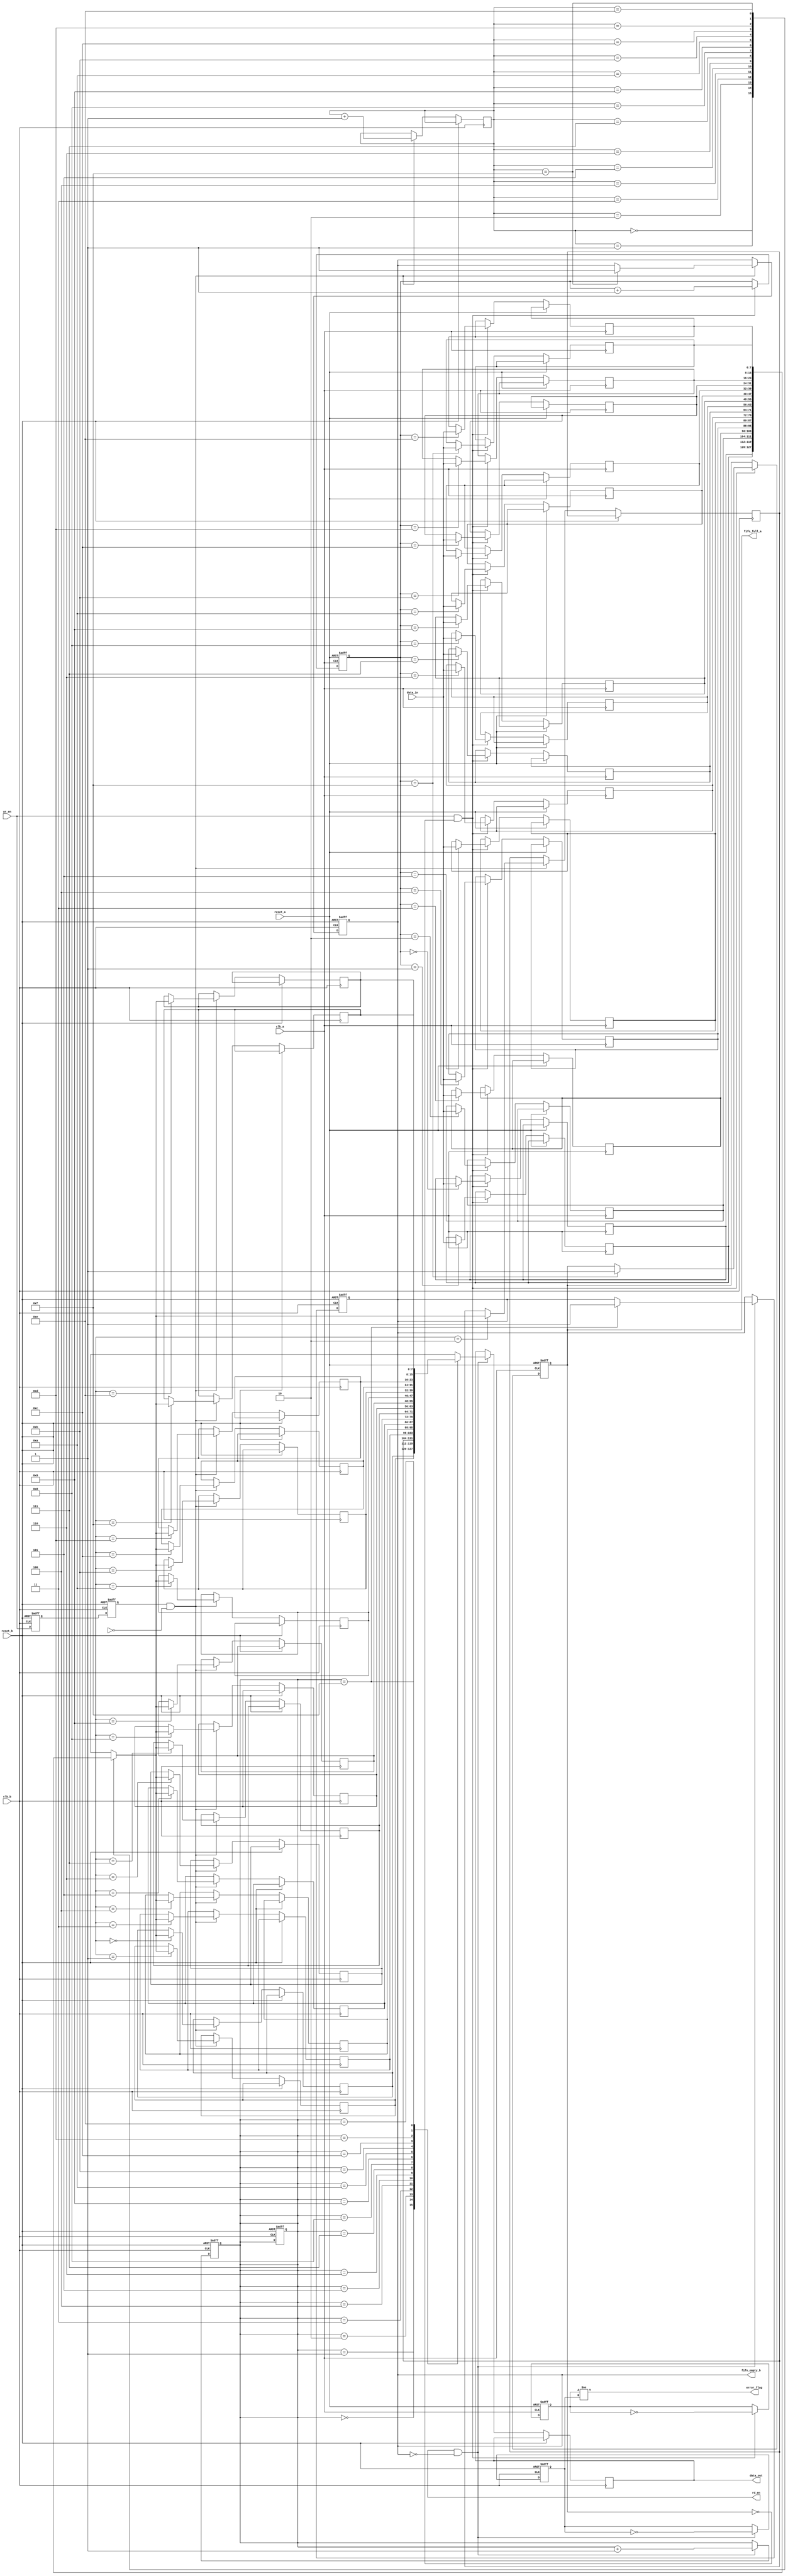
module cdc_memory_blocks (
    input wire clk_a,          // Source clock domain
    input wire clk_b,          // Destination clock domain
    input wire reset_a,        // Reset for clock domain A
    input wire reset_b,        // Reset for clock domain B
    input wire [7:0] data_in,  // Data input in clock domain A
    input wire wr_en,          // Write enable for clock domain A
    output wire [7:0] data_out, // Data output in clock domain B
    output wire rd_en,         // Read enable for clock domain B
    output wire error_flag,    // Error detection flag
    output wire fifo_full_a,   // FIFO full status in clock domain A
    output wire fifo_empty_b    // FIFO empty status in clock domain B
);

    // Parameters for FIFO depth
    parameter FIFO_DEPTH = 16;
    
    // FIFO for Clock Domain A
    reg [7:0] fifo_a [0:FIFO_DEPTH-1];
    reg [3:0] wr_ptr_a, rd_ptr_a;
    reg fifo_full_a_reg, fifo_empty_a_reg;

    // FIFO for Clock Domain B
    reg [7:0] fifo_b [0:FIFO_DEPTH-1];
    reg [3:0] wr_ptr_b, rd_ptr_b;
    reg fifo_full_b_reg, fifo_empty_b_reg;

    // Parity bits
    reg parity_bit_a, parity_bit_b;

    // Write logic in Clock Domain A
    always @(posedge clk_a or posedge reset_a) begin
        if (reset_a) begin
            wr_ptr_a <= 0;
            fifo_full_a_reg <= 0;
            parity_bit_a <= 0;
        end else if (wr_en && !fifo_full_a_reg) begin
            fifo_a[wr_ptr_a] <= data_in;
            parity_bit_a <= ~parity_bit_a; // Simple parity toggle
            wr_ptr_a <= wr_ptr_a + 1;
            if (wr_ptr_a == FIFO_DEPTH - 1) fifo_full_a_reg <= 1;
        end
    end

    // Read logic in Clock Domain B
    always @(posedge clk_b or posedge reset_b) begin
        if (reset_b) begin
            rd_ptr_b <= 0;
            fifo_empty_b_reg <= 1;
            parity_bit_b <= 0;
        end else if (rd_en && !fifo_empty_b_reg) begin
            data_out <= fifo_b[rd_ptr_b];
            parity_bit_b <= ~parity_bit_b; // Simple parity toggle
            rd_ptr_b <= rd_ptr_b + 1;
            if (rd_ptr_b == FIFO_DEPTH - 1) fifo_empty_b_reg <= 1;
        end
    end

    // Synchronizers for handshaking signals
    reg wr_en_sync_1, wr_en_sync_2;
    always @(posedge clk_b or posedge reset_b) begin
        if (reset_b) begin
            wr_en_sync_1 <= 0;
            wr_en_sync_2 <= 0;
        end else begin
            wr_en_sync_1 <= wr_en;
            wr_en_sync_2 <= wr_en_sync_1;
        end
    end

    // FIFO transfer logic
    always @(posedge clk_b or posedge reset_b) begin
        if (reset_b) begin
            rd_ptr_b <= 0;
            fifo_empty_b_reg <= 1;
        end else if (wr_en_sync_2 && !fifo_full_b_reg) begin
            fifo_b[wr_ptr_b] <= fifo_a[rd_ptr_a];
            rd_ptr_a <= rd_ptr_a + 1;
            if (rd_ptr_a == FIFO_DEPTH - 1) fifo_empty_b_reg <= 1;
        end
    end

    // Error detection logic
    assign error_flag = (parity_bit_a != parity_bit_b);
    assign fifo_full_a = fifo_full_a_reg;
    assign fifo_empty_b = fifo_empty_b_reg;

endmodule